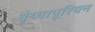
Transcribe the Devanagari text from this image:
वैय्यापूरियन